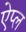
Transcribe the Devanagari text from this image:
ऐप्ल